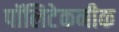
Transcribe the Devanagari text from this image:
पॉलिटेकनीक